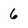
Character: 6